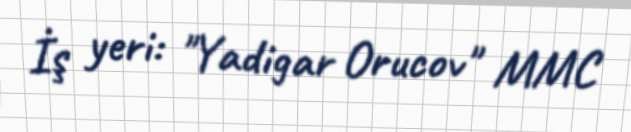
İş yeri: "Yadigar Orucov" MMC